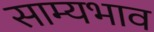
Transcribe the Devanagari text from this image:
साम्यभाव